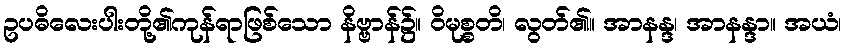
ဥပဓိလေးပါးတို့၏ကုန်ရာဖြစ်သော နိဗ္ဗာန်၌။ ဝိမုစ္စတိ၊ လွတ်၏။ အာနန္ဒ၊ အာနန္ဒာ။ အယံ၊